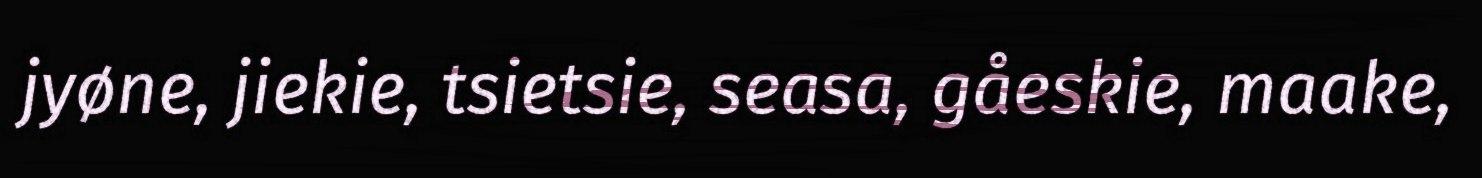
jyøne, jiekie, tsietsie, seasa, gåeskie, maake,